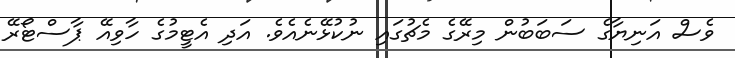
ވެސް އަނިޔާގެ ސަބަބުން މިރޭގެ މެޗުގައި ނުކުޅޭނެއެވެ. އަދި އެޓީމުގެ ހާވިއޭ ޕާސްޓޯރޭ